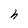
Character: h